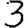
Digit: 3